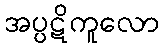
အပ္ပဋိကူလော